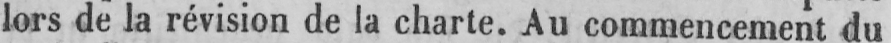
lors de la révision de la charte. Au commencement du